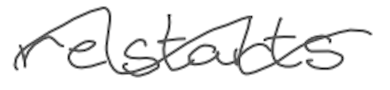
Text: restarts
Cross-out: wave
Writing tool: digital_gray